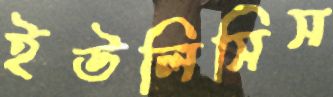
ইউলিসিস